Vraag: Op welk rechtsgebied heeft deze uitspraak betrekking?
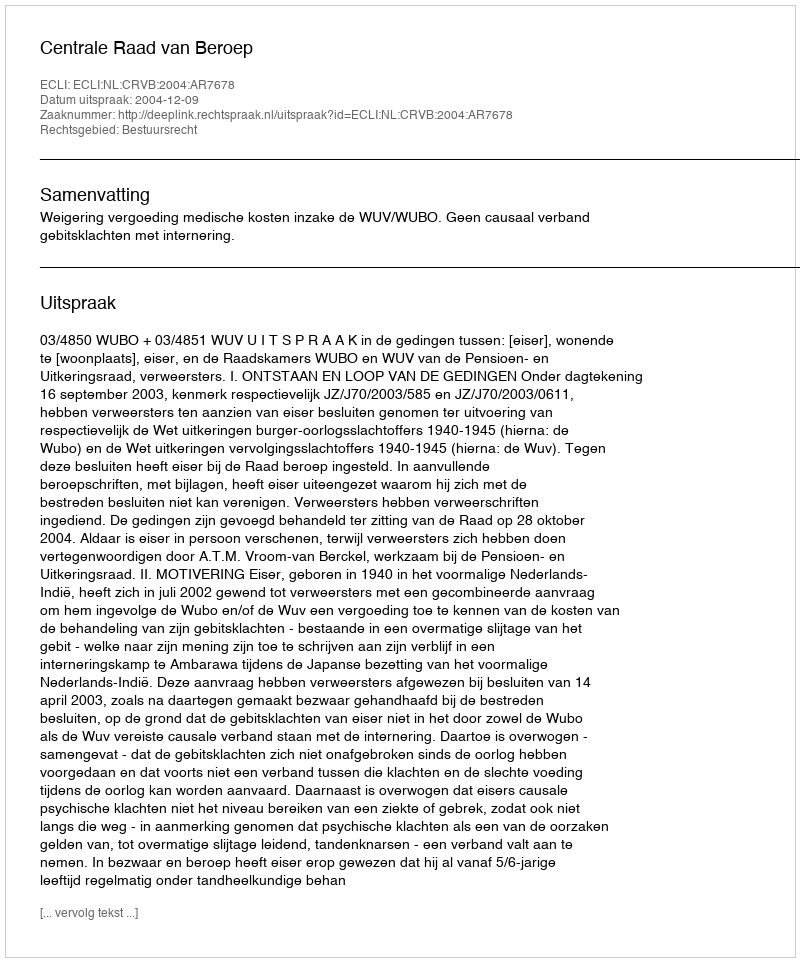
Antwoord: Bestuursrecht